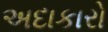
અદાકારો